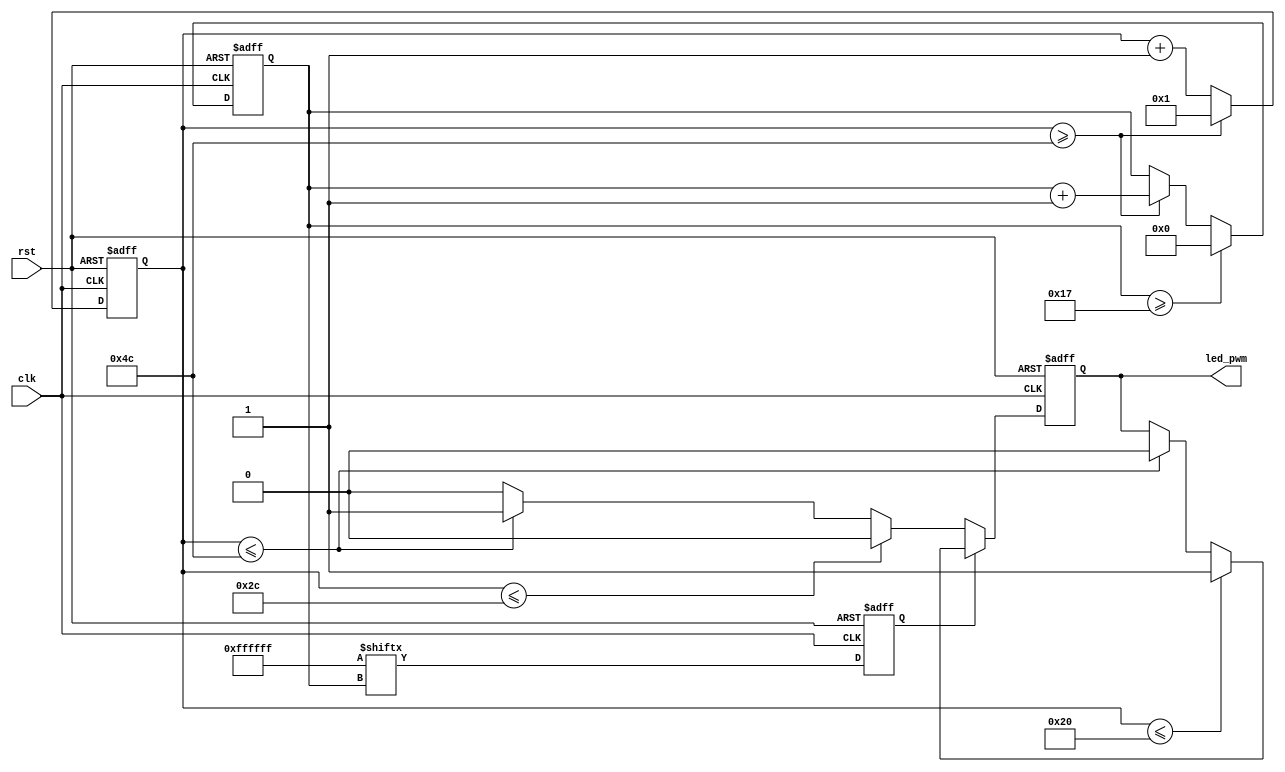
module fyx_2385_5_1(
    input clk,
    input rst,
    output reg led_pwm
    );
    
integer count;	 
parameter	T0H = 7'd300;
parameter	T0L = 7'd800; //0ĸߵ͵ƽʱ
parameter	T1H = 7'd800;
parameter	T1L = 7'd300; //1ĸߵ͵ƽʱ
parameter	RST = 14'd15000; //λʱ

reg   shift;
reg   [4:0] bit_cnt;
reg 	[6:0] cycle_cnt; 

parameter	OFF		=24'b0000_0000_0000_0000_0000_0000;
parameter	WHITE	   =24'b1111_1111_1111_1111_1111_1111;

always@(posedge clk or negedge rst)
begin
if(!rst)
  cycle_cnt <= 7'd0;
else 
  if(cycle_cnt >= (T0H + T0L))
    cycle_cnt <= 7'd1;
  else
    cycle_cnt <= cycle_cnt + 1'b1;  
end

always@(posedge clk or negedge rst)
begin
if(!rst)
  bit_cnt <= 5'd0;
else 
  if(bit_cnt >= 5'd23)
    begin
    bit_cnt <= 5'd0;
    #500000;
	 end
  else 
    if(cycle_cnt >= (T0H + T0L))
	   bit_cnt <= bit_cnt + 1'b1;
end


always@(posedge clk or negedge rst)
begin
if(!rst)
  begin
  led_pwm <= 1'b0;
  shift <= 1'b0;
  end
else
  begin
  shift <= WHITE[bit_cnt];
  if(shift == 1'b1)
    begin
	 if(cycle_cnt <= T1H)
	   led_pwm <= 1'b1;
	 else 
		if(cycle_cnt <= (T1H + T1L))
		  led_pwm <= 1'b0;  
	 end
  else
    begin
	 if(cycle_cnt <= T0H)
	   led_pwm <= 1'b0;
	 else 
	   if(cycle_cnt <= (T0H + T0L))
		  led_pwm <= 1'b1;
		else
		  led_pwm <= 1'b0;
	 end
  end
end  
        

endmodule